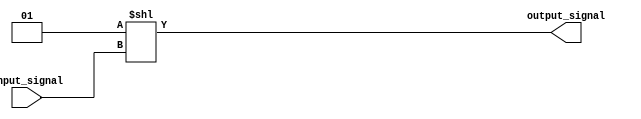
module decoder(input [n-1:0] input_signal, output [2**n-1:0] output_signal);

  parameter n = 3; // specify the number of input bits

  assign output_signal = (1 << input_signal);

endmodule